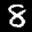
Label: 8